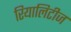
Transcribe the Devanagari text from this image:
रियालिटीज